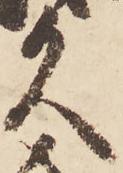
久